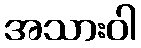
အသားဝါ